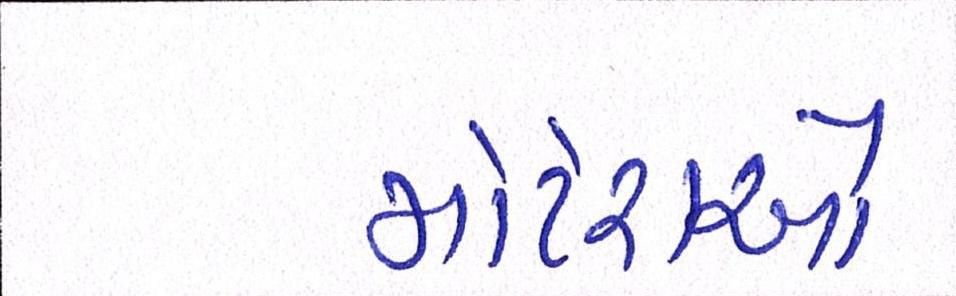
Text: મોટેરાઓ